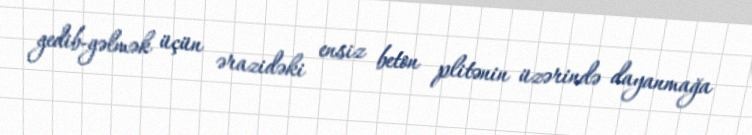
gedib-gəlmək üçün ərazidəki ensiz beton plitənin üzərində dayanmağa